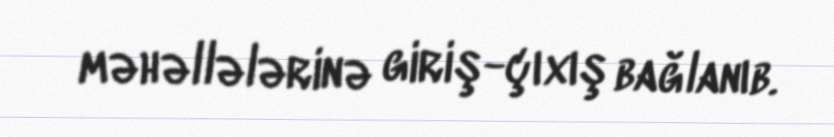
məhəllələrinə giriş-çıxış bağlanıb.